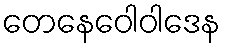
တေနေဝေါဝါဒေန